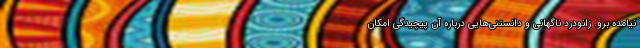
نیامده برو. زانودرد ناگهانی و دانستنی‌هایی درباره آن پیچیدگی امکان